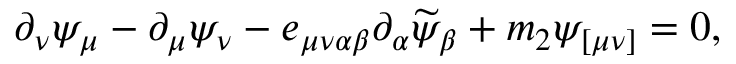
\partial _ { \nu } \psi _ { \mu } - \partial _ { \mu } \psi _ { \nu } - e _ { \mu \nu \alpha \beta } \partial _ { \alpha } \widetilde { \psi } _ { \beta } + m _ { 2 } \psi _ { [ \mu \nu ] } = 0 ,